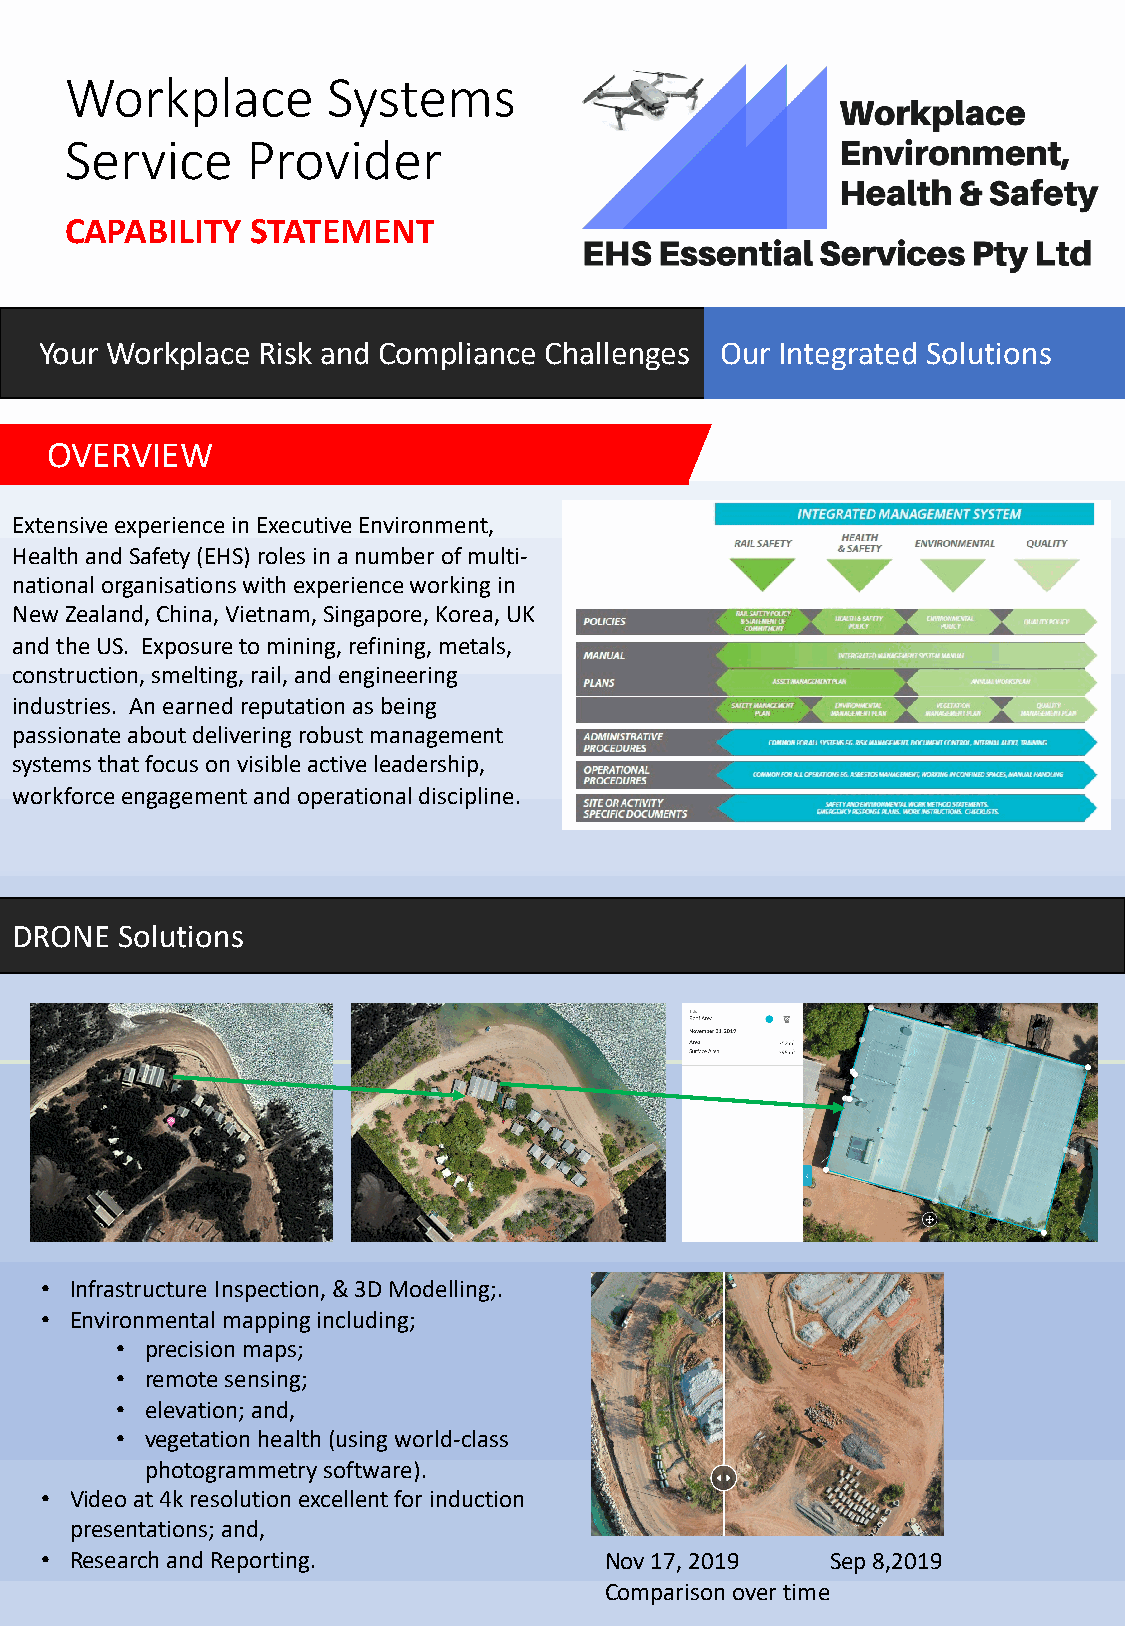
Workplace         Systems
 Service     Provider
 CAPABILITY   STATEMENT
 Your Workplace Risk and Compliance Challenges Our Integrated Solutions
 OVERVIEW
 Extensive experience in Executive Environment,
 Health and Safety (EHS) roles in a number ofmulti-
 national organisationswith experience working in
 New Zealand, China, Vietnam, Singapore, Korea, UK
 and the US. Exposure to mining, refining, metals,
 construction, smelting, rail, and engineering
 industries. An earned reputation as being
 passionate about delivering robust management
 systems that focus on visible active leadership,
 workforce engagement and operational discipline.
 DRONE  Solutions
 • Infrastructure Inspection,& 3D Modelling;.
 • Environmental mapping including;
 • precision maps;
 • remote sensing;
 • elevation; and,
 • vegetation health(using world-class
 photogrammetry software).
 • Video at 4k resolution excellent for induction
 presentations; and,
 • Research and Reporting.            Nov 17, 2019   Sep 8,2019
 Comparison over time